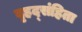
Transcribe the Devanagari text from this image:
बृहद्संहिता